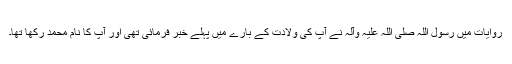
روایات میں رسول اللہ صلی اللہ علیہ وآلہ نے آپ کی ولادت کے بارے میں پہلے خبر فرمائی تھی اور آپ کا نام محمد رکھا تھا۔